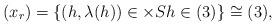
LaTeX: \begin{align*}\left(x_{r}\right)=\left\{(h,\lambda(h))\in\times S h\in (3)\right\}\cong(3),\end{align*}